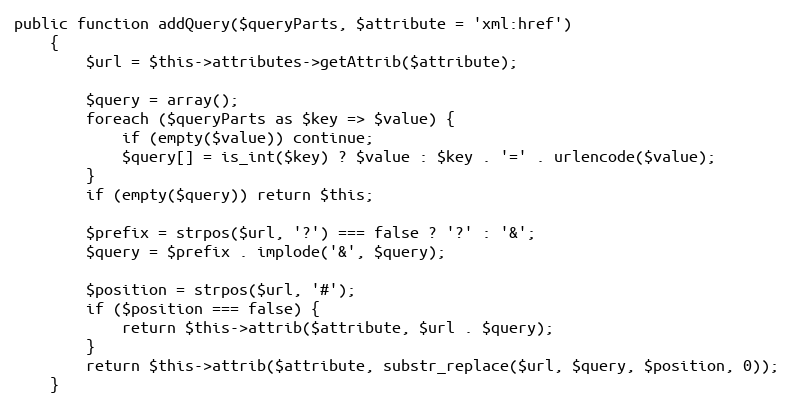
Language: PHP
public function addQuery($queryParts, $attribute = 'xml:href')
	{
		$url = $this->attributes->getAttrib($attribute);

		$query = array();
		foreach ($queryParts as $key => $value) {
			if (empty($value)) continue;
			$query[] = is_int($key) ? $value : $key . '=' . urlencode($value);
		}
		if (empty($query)) return $this;

		$prefix = strpos($url, '?') === false ? '?' : '&';
		$query = $prefix . implode('&', $query);

		$position = strpos($url, '#');
		if ($position === false) {
			return $this->attrib($attribute, $url . $query);
		}
		return $this->attrib($attribute, substr_replace($url, $query, $position, 0));
	}